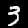
Label: 3